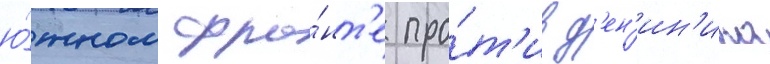
ю́жном фро́нт'е про́т'ив д'ен'ин'ика